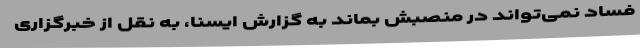
فساد نمی‌تواند در منصبش بماند به گزارش ایسنا، به نقل از خبرگزاری